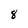
Character: 8